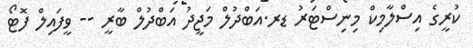
ކުރީގެ އިސްލާމިކް މިނިސްޓަރު ޑރ.އަބްދުލް މަޖީދު އަބްދުލް ބާރީ -- ވީފައިލް ފޮޓޯ